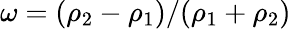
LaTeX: \omega=(\rho_{2}-\rho_{1})/(\rho_{1}+\rho_{2})